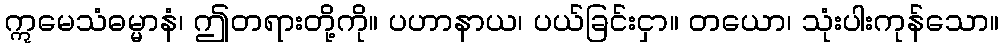
ဣမေသံဓမ္မာနံ၊ ဤတရားတို့ကို။ ပဟာနာယ၊ ပယ်ခြင်းငှာ။ တယော၊ သုံးပါးကုန်သော။